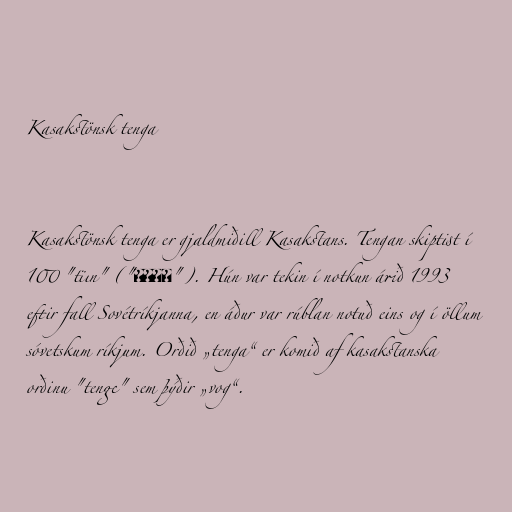
Kasakstönsk tenga

Kasakstönsk tenga er gjaldmiðill Kasakstans. Tengan skiptist í
100 "tïın" ("тиын"). Hún var tekin í notkun árið 1993
eftir fall Sovétríkjanna, en áður var rúblan notuð eins og í öllum
sóvetskum ríkjum. Orðið „tenga“ er komið af kasakstanska
orðinu "tenge" sem þýðir „vog“.